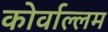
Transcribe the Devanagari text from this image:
कोर्वाल्लम